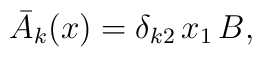
{\bar{A}}_k(x)= \delta_{k 2}\, x_1\, B,